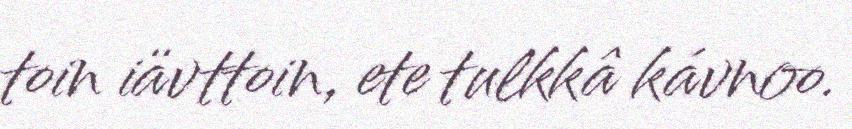
toin iävttoin, ete tulkkâ kávnoo.